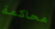
محاكمة